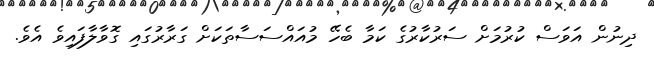
ދިނުން އަވަސް ކުރުމަށް ސަރުކާރުގެ ކަމާ ބެހޭ މުއައްސަސާތަކަށް ގަރާރުގައި ގޮވާލާފައިވެ އެވެ.